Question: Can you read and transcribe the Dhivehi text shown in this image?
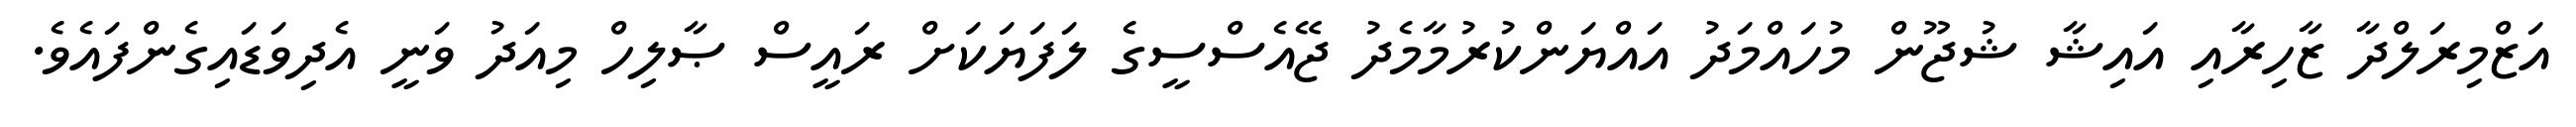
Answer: އަޒްމިރަލްދާ ޒާހިރާއި އައިޝާ ޝުޖޫން މުހައްމަދު އައްޔަންކުރުމާމެދު ޖޭއެސްސީގެ ލަފަޔަކަށް ރައީސް ޞާލިހް މިއަދު ވަނީ އެދިވަޑައިގެންފައެވެ.